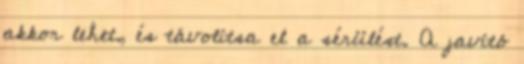
akkor lehet, és távolítsa el a sérülést. A javító